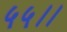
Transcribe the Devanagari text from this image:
५५।।